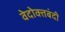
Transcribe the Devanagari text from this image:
वेदोक्तबंदी